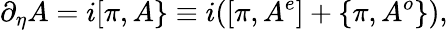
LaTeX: \partial_{\eta}A=i[\pi,A\} \equiv i([\pi,A^{e}]+\{ \pi,A^{o}\} ),